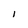
Character: i